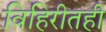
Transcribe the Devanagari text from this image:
विहिरीतही